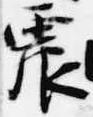
震